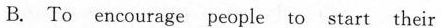
B. To encourage people to start their